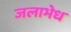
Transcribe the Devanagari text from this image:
जलाभेध